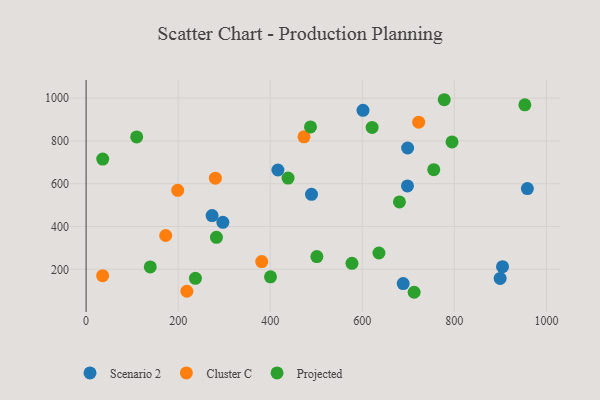
{"axis": {"x": "Price", "y": "Demand"}, "legend": ["Cluster C", "Projected", "Scenario 2"], "data": [{"x": "416.7", "y": 664.2, "type": "Scenario 2"}, {"x": "688.9", "y": 133.5, "type": "Scenario 2"}, {"x": "601.6", "y": 942.8, "type": "Scenario 2"}, {"x": "904.7", "y": 212.3, "type": "Scenario 2"}, {"x": "273.7", "y": 451.1, "type": "Scenario 2"}, {"x": "698.2", "y": 589.7, "type": "Scenario 2"}, {"x": "489.7", "y": 550.2, "type": "Scenario 2"}, {"x": "698.5", "y": 767.0, "type": "Scenario 2"}, {"x": "297.1", "y": 419.7, "type": "Scenario 2"}, {"x": "958.7", "y": 577.4, "type": "Scenario 2"}, {"x": "899.5", "y": 157.3, "type": "Scenario 2"}, {"x": "172.9", "y": 358.1, "type": "Cluster C"}, {"x": "35.9", "y": 170.1, "type": "Cluster C"}, {"x": "381.5", "y": 236.0, "type": "Cluster C"}, {"x": "473.4", "y": 818.9, "type": "Cluster C"}, {"x": "199.0", "y": 569.0, "type": "Cluster C"}, {"x": "218.9", "y": 97.4, "type": "Cluster C"}, {"x": "722.5", "y": 887.5, "type": "Cluster C"}, {"x": "280.9", "y": 626.1, "type": "Cluster C"}, {"x": "438.8", "y": 626.5, "type": "Projected"}, {"x": "778.1", "y": 992.5, "type": "Projected"}, {"x": "577.6", "y": 228.2, "type": "Projected"}, {"x": "621.4", "y": 863.0, "type": "Projected"}, {"x": "36.1", "y": 715.2, "type": "Projected"}, {"x": "501.3", "y": 259.3, "type": "Projected"}, {"x": "487.5", "y": 865.2, "type": "Projected"}, {"x": "712.7", "y": 92.7, "type": "Projected"}, {"x": "283.2", "y": 349.6, "type": "Projected"}, {"x": "109.9", "y": 818.8, "type": "Projected"}, {"x": "680.8", "y": 514.9, "type": "Projected"}, {"x": "755.3", "y": 665.4, "type": "Projected"}, {"x": "139.4", "y": 211.0, "type": "Projected"}, {"x": "795.0", "y": 795.5, "type": "Projected"}, {"x": "636.2", "y": 276.2, "type": "Projected"}, {"x": "953.2", "y": 968.9, "type": "Projected"}, {"x": "237.5", "y": 158.1, "type": "Projected"}, {"x": "400.6", "y": 164.8, "type": "Projected"}]}